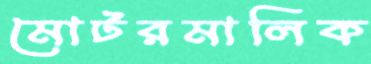
মোটরমালিক